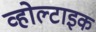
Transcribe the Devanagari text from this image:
व्होल्टाइक